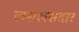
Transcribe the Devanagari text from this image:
लसलसेदार